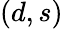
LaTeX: (d,s)